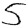
Digit: 5